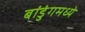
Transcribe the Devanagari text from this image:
बांडुंगमध्ये